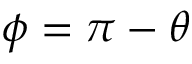
\phi = \pi - \theta